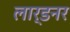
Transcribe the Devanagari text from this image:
लार्डनर